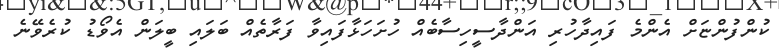
ކުންފުންޏަށް އެންމެ ފައިދާހުރި އަންދާސީހިސާބެއް ހުށަހަޅާފައިވާ ފަރާތެއް ބަލައި ބީލަން އެވޯޑު ކުރެވޭނެ